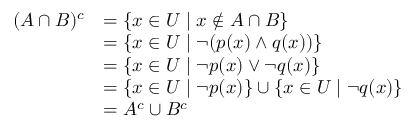
\begin{array} { r l } { ( A \cap B ) ^ { c } } & { = \{ x \in U \mid x \not \in A \cap B \} } \\ & { = \{ x \in U \mid \neg ( p ( x ) \wedge q ( x ) ) \} } \\ & { = \{ x \in U \mid \neg p ( x ) \vee \neg q ( x ) \} } \\ & { = \{ x \in U \mid \neg p ( x ) \} \cup \{ x \in U \mid \neg q ( x ) \} } \\ & { = A ^ { c } \cup B ^ { c } } \end{array}